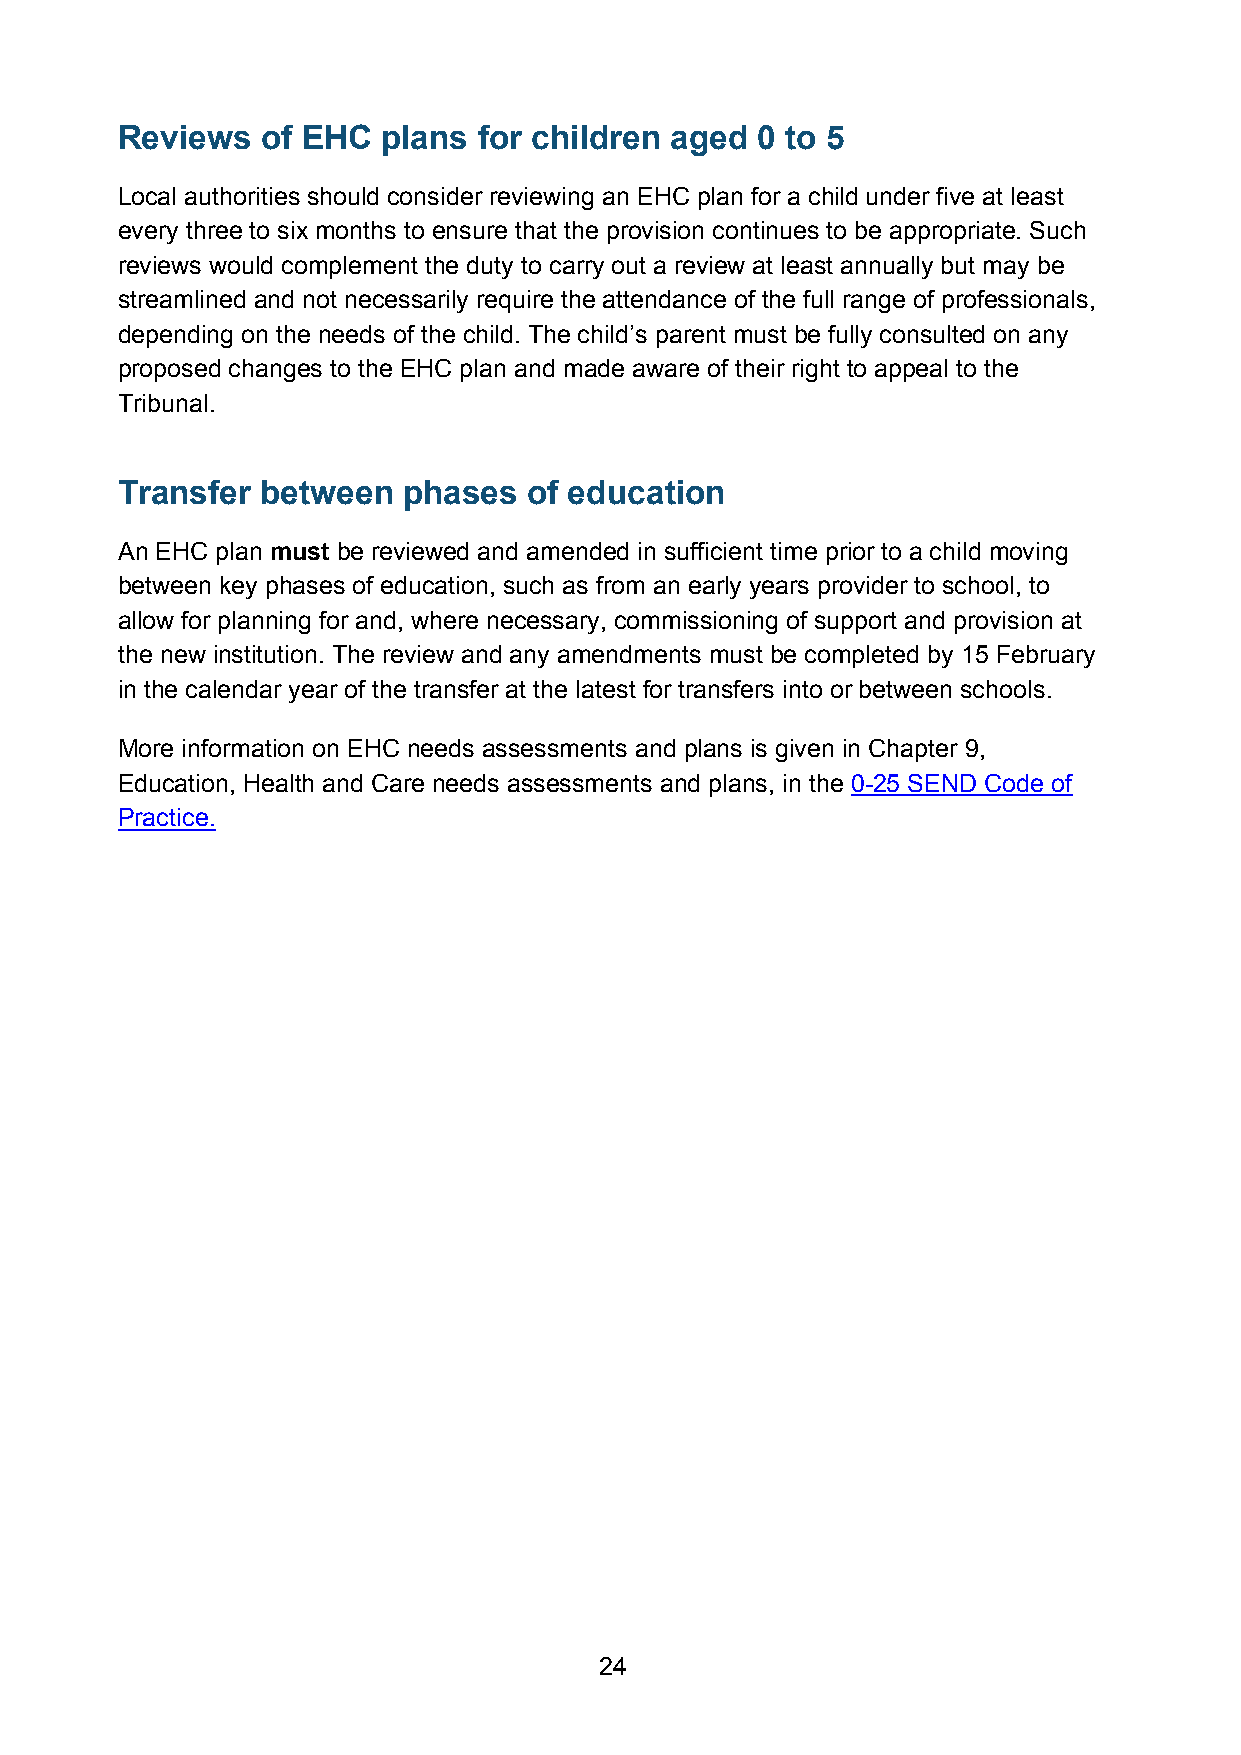
Reviews  of EHC  plans  for children aged 0 to 5
 Local authorities should consider reviewing an EHC plan for a child under five at least
 every three to six months to ensure that the provision continues to be appropriate. Such
 reviews would complement the duty to carry out a review at least annually but may be
 streamlined and not necessarily require the attendance of the full range of professionals,
 depending on the needs of the child. The child’s parent must be fully consulted on any
 proposed changes to the EHC plan and made aware of their right to appeal to the
 Tribunal.
 Transfer between   phases  of education
 An EHC plan must be reviewed and amended in sufficient time prior to a child moving
 between key phases of education, such as from an early years provider to school, to
 allow for planning for and, where necessary, commissioning of support and provision at
 the new institution. The review and any amendments must be completed by 15 February
 in the calendar year of the transfer at the latest for transfers into or between schools.
 More information on EHC needs assessments and plans is given in Chapter 9,
 Education, Health and Care needs assessments and plans, in the 0-25 SEND Code of
 Practice.
 24